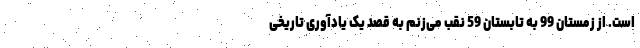
است. از زمستان 99 به تابستان 59 نقب می‌زنم به قصد یک یادآوری تاریخی